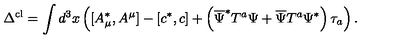
\Delta ^ { \mathrm { c l } } = \int d ^ { 3 } x \left( [ A _ { \mu } ^ { * } , A ^ { \mu } ] - \left[ c ^ { * } , c \right] + \left( \overline { { \Psi } } ^ { * } T ^ { a } \Psi + \overline { { \Psi } } T ^ { a } \Psi ^ { * } \right) \tau _ { a } \right) .